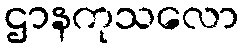
ဌာနကုသလော